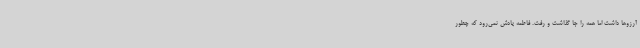
آرزوها داشت اما همه را جا گذاشت و رفت. فاطمه یادش نمی‌رود که چطور